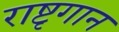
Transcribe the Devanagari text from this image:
राष्टृगान